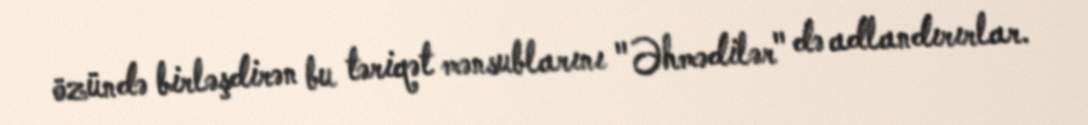
özündə birləşdirən bu təriqət mənsublarını "Əhmədilər" də adlandırırlar.